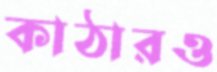
কাঠারও